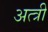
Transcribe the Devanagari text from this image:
अत्त्री